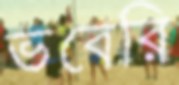
ভবেরি